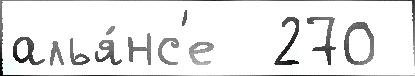
алья́нс'е  270